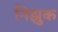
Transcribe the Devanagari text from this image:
निझुक